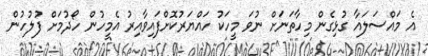
އެ މައްސަލައާ ގުޅިގެން މިހާތަނަށް ނުވަ މީހަކު ހައްޔަރުކޮށްފައިވާއިރު އެމީހުން ހޯދުމަށް ފުލުހުން